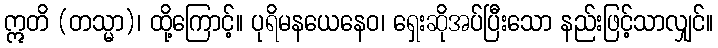
ဣတိ (တသ္မာ)၊ ထို့ကြောင့်။ ပုရိမနယေနေဝ၊ ရှေးဆိုအပ်ပြီးသော နည်းဖြင့်သာလျှင်။